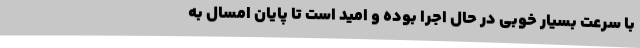
با سرعت بسیار خوبی در حال اجرا بوده و امید است تا پایان امسال به